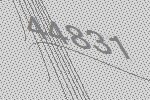
44831